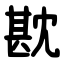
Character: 㽎